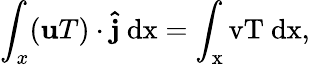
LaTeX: \int_{x}(\textbf{u}T)\cdot\mathbf{\hat{j}}\ \mathrm{{d}x=\int_{x}vT\ \mathrm{{d}x,}}